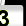
Digit: 3